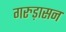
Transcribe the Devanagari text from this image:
गरुड़ासन